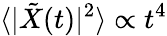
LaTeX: \langle|\tilde{X}(t)|^{2}\rangle\propto t^{4}